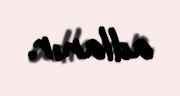
adlanır.